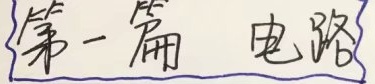
第一篇 电路